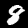
Label: 8